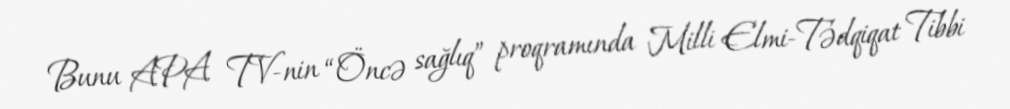
Bunu APA TV-nin “Öncə sağlıq” proqramında Milli Elmi-Tədqiqat Tibbi